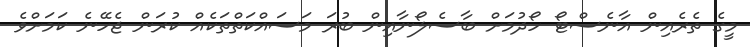
މީގެ ތެރެއިން އާނެސްޓޯ ހޯދުމަށް ބާސެލޯނާއިން ބުރަ މަސައްކަތްތަކެއް ކުރަން ޖެހޭނެ ކަމަށްވެ